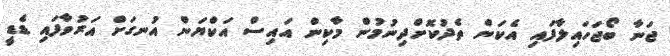
ޖަނާ ބޯޖަހައިލާފައި އެކަން ތެދުކޮށްދިނުމުން މާކިން އައިސް އަކްޔަން އުނގަށް އަރުވާފައި ޑެޑީ